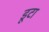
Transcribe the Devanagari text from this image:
डूटा